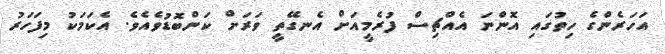
އަހަރެންގެ ހިތުގައި އޮންނަ އެއްޗިސް ފުރެމީއަށް އެނގޭތީ ވަރަށް ކަންބޮޑުވެއެވެ. އެކަމަކު މިފަހަރު